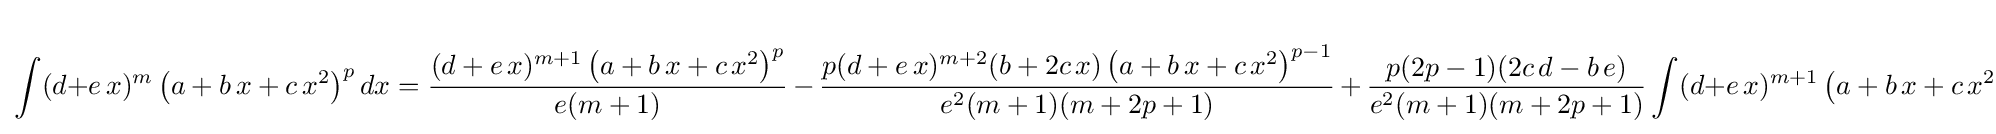
\int (d+e\,x)^{m}\left(a+b\,x+c\,x^{2}\right)^{p}dx={\frac {(d+e\,x)^{m+1}\left(a+b\,x+c\,x^{2}\right)^{p}}{e(m+1)}}\,-\,{\frac {p(d+e\,x)^{m+2}(b+2c\,x)\left(a+b\,x+c\,x^{2}\right)^{p-1}}{e^{2}(m+1)(m+2p+1)}}\,+\,{\frac {p(2p-1)(2c\,d-b\,e)}{e^{2}(m+1)(m+2p+1)}}\int (d+e\,x)^{m+1}\left(a+b\,x+c\,x^{2}\right)^{p-1}dx